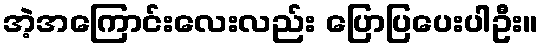
အဲ့အကြောင်းလေးလည်း ပြောပြပေးပါဦး။